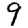
Digit: 9